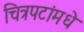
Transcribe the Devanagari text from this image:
चित्रपटांमधे